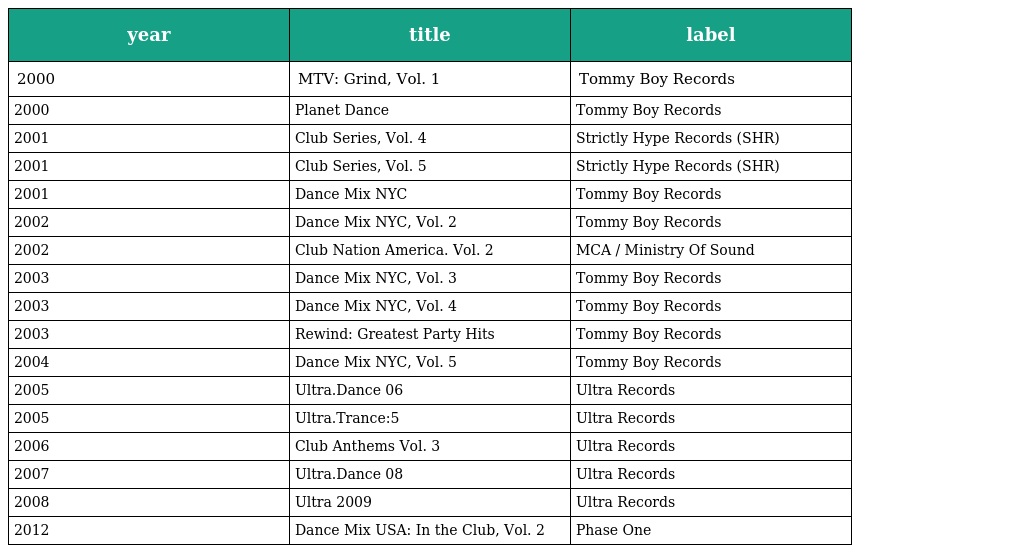
| year | title | label |
 | --- | --- | --- |
 | 2000 | MTV: Grind, Vol. 1 | Tommy Boy Records |
 | 2000 | Planet Dance | Tommy Boy Records |
 | 2001 | Club Series, Vol. 4 | Strictly Hype Records (SHR) |
 | 2001 | Club Series, Vol. 5 | Strictly Hype Records (SHR) |
 | 2001 | Dance Mix NYC | Tommy Boy Records |
 | 2002 | Dance Mix NYC, Vol. 2 | Tommy Boy Records |
 | 2002 | Club Nation America. Vol. 2 | MCA / Ministry Of Sound |
 | 2003 | Dance Mix NYC, Vol. 3 | Tommy Boy Records |
 | 2003 | Dance Mix NYC, Vol. 4 | Tommy Boy Records |
 | 2003 | Rewind: Greatest Party Hits | Tommy Boy Records |
 | 2004 | Dance Mix NYC, Vol. 5 | Tommy Boy Records |
 | 2005 | Ultra.Dance 06 | Ultra Records |
 | 2005 | Ultra.Trance:5 | Ultra Records |
 | 2006 | Club Anthems Vol. 3 | Ultra Records |
 | 2007 | Ultra.Dance 08 | Ultra Records |
 | 2008 | Ultra 2009 | Ultra Records |
 | 2012 | Dance Mix USA: In the Club, Vol. 2 | Phase One |